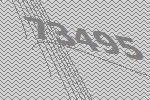
73495